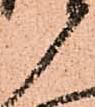
衛